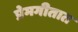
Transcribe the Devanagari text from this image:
प्रेमगीतात